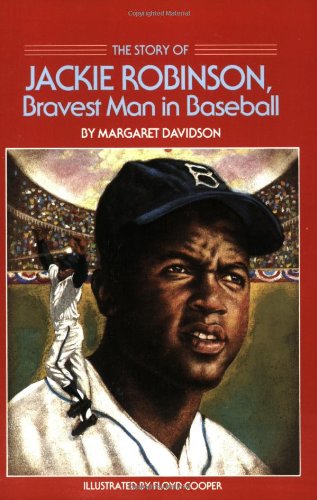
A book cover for The Story of Jackie Robinson: Bravest Man in Baseball (Dell Yearling Biography); Margaret Davidson; Biographies & Memoirs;